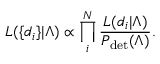
{ \cal L } ( \{ d _ { i } \} | \Lambda ) \propto \prod _ { i } ^ { N } \frac { { \cal L } ( d _ { i } | \Lambda ) } { P _ { \mathrm { d e t } } ( \Lambda ) } .